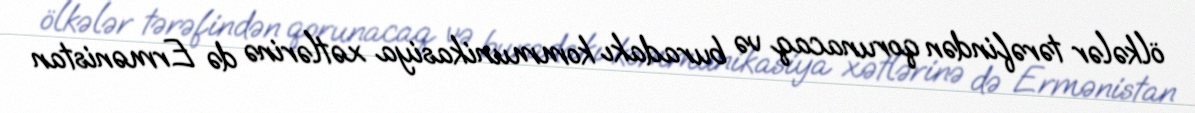
ölkələr tərəfindən qorunacaq və buradakı kommunikasiya xətlərinə də Ermənistan